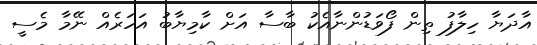
އާދަޔާ ހިލާފު ތިން ފޯވަޑުންނާއެކު ބާސާ އަށް ކާމިޔާބު އަހަރެއް ނޭމާ މެސީ